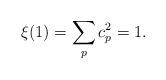
LaTeX: \begin{align*}\xi(1)=\sum_{p}c_p^2 =1.\end{align*}